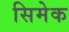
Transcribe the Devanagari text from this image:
सिमेक